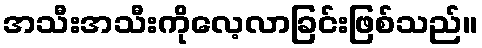
အသီးအသီးကိုလေ့လာခြင်းဖြစ်သည်။